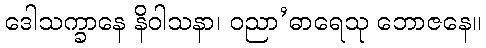
ဒေါသက္ခာနေ နိဝါသနာ၊ ဝညာ’ဓာရေသု ဘောဇနေ။